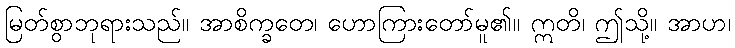
မြတ်စွာဘုရားသည်။ အာစိက္ခတေ၊ ဟောကြားတော်မူ၏။ ဣတိ၊ ဤသို့။ အာဟ၊